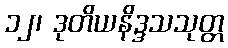
၁၂၊ ဒုတိယနိဒ္ဒသသုတ္တ